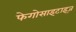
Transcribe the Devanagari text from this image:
फेगोसाइटाइज़